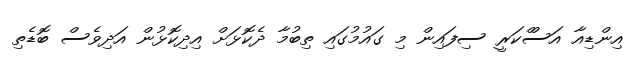
އިންޑިއާ އަސްްކަރީ ސިފައިން މި ގައުމުގައި ތިބުމާ ދެކޮޅަށް އިދިކޮޅުން އަދިވެސް ބޮޑެތި